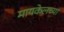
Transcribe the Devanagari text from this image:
मायकेलच्या